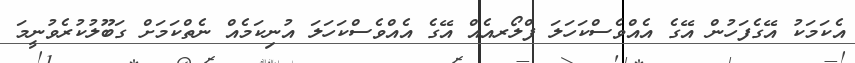
އެކަމަކު އޭގެފަހުން އޭގެ އެއްވެސްކަހަލަ ފްލޯރއެއް އޭގެ އެއްވެސްކަހަލަ އުނިކަމެއް ނެތްކަމަށް ގަބޫލުކުރެވުނީމަ